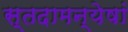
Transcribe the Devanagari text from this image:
स्तदामन्येषां